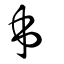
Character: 𠂔